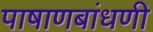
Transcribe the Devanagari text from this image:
पाषाणबांधणी